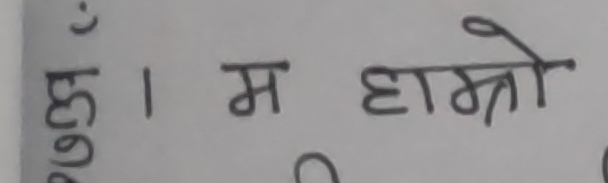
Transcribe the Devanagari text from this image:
छुल । म हाम्रो